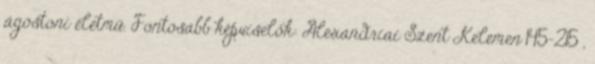
ágostoni életmű. Fontosabb képviselők: Alexandriai Szent Kelemen 145–215 ,